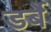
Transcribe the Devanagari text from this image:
डर्बे